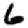
Digit: 6